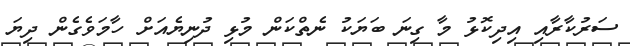
ސަރުކާރާއި އިދިކޮޅު މާ ގިނަ ބަޔަކު ނެތްކަން މުޅި ދުނިޔެއަށް ހާމަވެގެން ދިޔަ